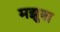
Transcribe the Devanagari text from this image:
मझुवा